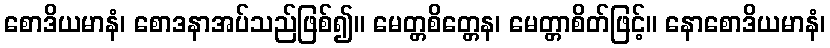
စောဒိယမာနံ၊ စောဒနာအပ်သည်ဖြစ်၍။ မေတ္တစိတ္တေန၊ မေတ္တာစိတ်ဖြင့်။ နောစောဒိယမာနံ၊